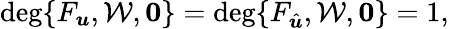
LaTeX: \mathrm{deg}\{ F_{\boldsymbol{u}},\mathcal{W},\boldsymbol{0}\} =\mathrm{deg}\{ F_{\hat{\boldsymbol{u}}},\mathcal{W},\boldsymbol{0}\} =1,